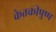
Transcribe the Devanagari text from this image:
केतकीपुष्प